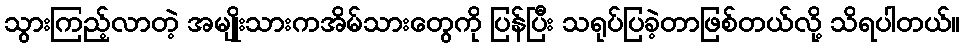
သွားကြည့်လာတဲ့ အမျိုးသားကအိမ်သားတွေကို ပြန်ပြီး သရုပ်ပြခဲ့တာဖြစ်တယ်လို့ သိရပါတယ်။